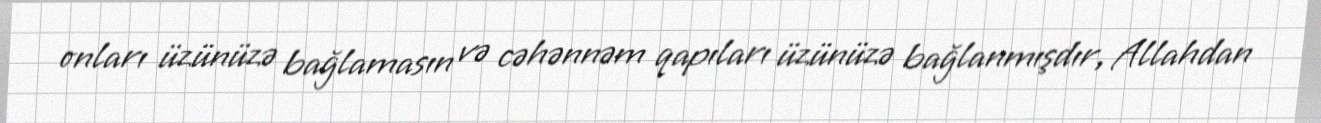
onları üzünüzə bağlamasın və cəhənnəm qapıları üzünüzə bağlanmışdır, Allahdan